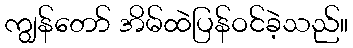
ကျွန်တော် အိမ်ထဲပြန်ဝင်ခဲ့သည်။